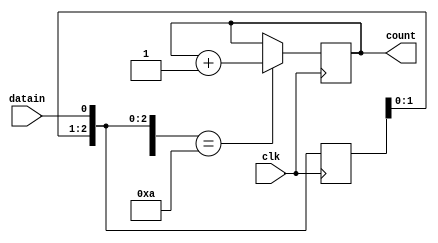
module seqdet(datain,clk,count);
input datain;
input clk;
output reg [5:0]count;

reg [3:0]chk;
initial 
begin
    chk=4'b0000;
    count=0;
end
    
 always @(posedge clk)
 begin  
 
    chk = chk << 1;
    chk[0]=datain;
    if(chk==4'b1010)
        count=count+1;
end     
endmodule